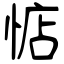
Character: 惦